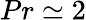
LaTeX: Pr\simeq 2